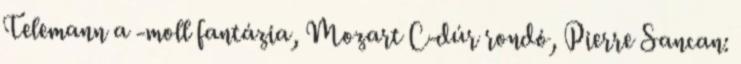
Telemann a -moll fantázia, Mozart C-dúr rondó, Pierre Sancan: